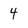
Character: 4